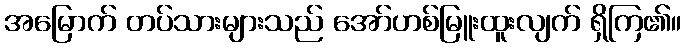
အမြောက် တပ်သားများသည် အော်ဟစ်မြူးထူးလျက် ရှိကြ၏။